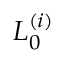
L _ { 0 } ^ { ( i ) }